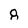
Character: 8